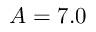
A = 7 . 0